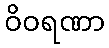
ဝိဝရဏာ